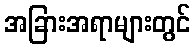
အခြားအရာများတွင်